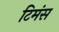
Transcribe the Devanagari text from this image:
टिमंस